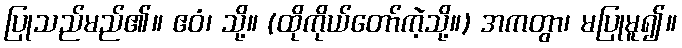
ပြုသည်မည်၏။ ဧဝံ၊ သို့။ (ထိုကိုယ်တော်ကဲ့သို့။) အကတွာ၊ မပြုမူ၍။